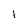
Character: t